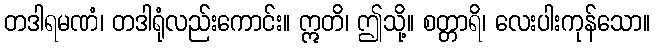
တဒါရမဏံ၊ တဒါရုံလည်းကောင်း။ ဣတိ၊ ဤသို့။ စတ္တာရိ၊ လေးပါးကုန်သော။